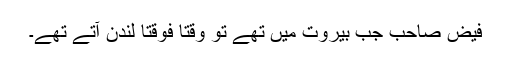
فیض صاحب جب بیروت میں تھے تو وقتاً فوقتاً لندن آتے تھے۔